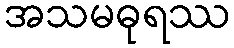
အသမဓုရဿ